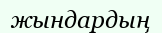
жындардың